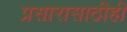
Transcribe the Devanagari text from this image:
प्रसारासाठीही